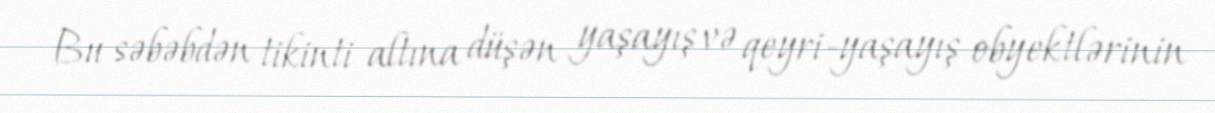
Bu səbəbdən tikinti altına düşən yaşayış və qeyri-yaşayış obyektlərinin